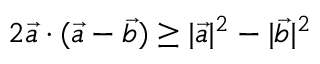
2 \vec { a } \cdot ( \vec { a } - \vec { b } ) \geq | \vec { a } | ^ { 2 } - | \vec { b } | ^ { 2 }